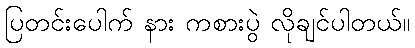
ပြတင်းပေါက် နား ကစားပွဲ လိုချင်ပါတယ်။